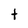
Character: t